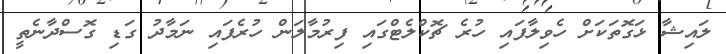
ލައިޝާ ޅަގޮތަކަށް ހެވިލާފައި ހުރެ ޗޮކްލެޓްގައި ފިރުމާލަން ހުރެފައި ނަމާދު ގަޑި ގޮސްދާނެތީ